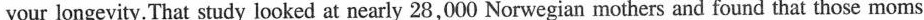
your longevity.That study looked at nearly 28,000 Norwegian mothers and found that those moms